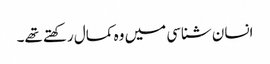
انسان شناسی میں وہ کمال رکھتے تھے۔